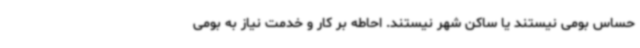
حساس بومی نیستند یا ساکن شهر نیستند. احاطه بر کار و خدمت نیاز به بومی